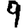
Digit: 9